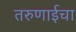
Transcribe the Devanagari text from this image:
तरुणाईचा